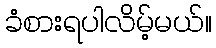
ခံစားရပါလိမ့်မယ်။